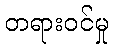
တရားဝင်မှု